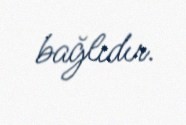
bağlıdır.